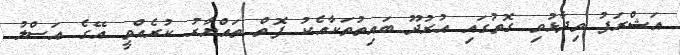
އަޝްރަފު ވިދާޅުވި ގޮތުގައި އުރުދޫ ބައިތުތަކާއެކު ފޮތް ތައްޔާރު ކުރެއްވީ އޭގެ އަސްލު